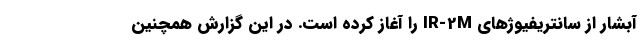
آبشار از سانتریفیوژهای IR-2M را آغاز کرده است. در این‌ گزارش همچنین